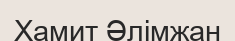
Хамит Әлімжан